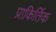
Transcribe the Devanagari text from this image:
प्राकिर्तिक